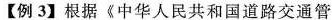
【例3】根据《中华人民共和国道路交通管